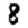
Digit: 8